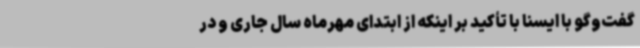
گفت‌وگو با ایسنا با تأکید بر اینکه از ابتدای مهرماه سال جاری و در